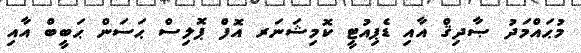
މުޙައްމަދު ޞާދިޤް އާއި ޑެޕިއުޓީ ކޮމިޝަނަރ އޮފް ޕޮލިސް ޙަސަން ޙަބީބް އާއި